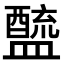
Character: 𨣓